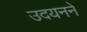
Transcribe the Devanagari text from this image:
उदयनने